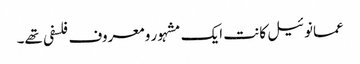
عمانوئیل کانت ایک مشہور و معروف فلسفی تھے۔